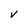
Character: V